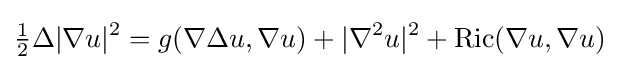
{\tfrac {1}{2}}\Delta |\nabla u|^{2}=g(\nabla \Delta u,\nabla u)+|\nabla ^{2}u|^{2}+{\mbox{Ric}}(\nabla u,\nabla u)